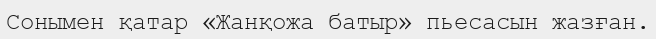
Сонымен қатар «Жанқожа батыр» пьесасын жазған.